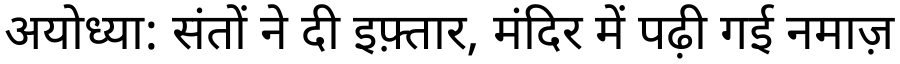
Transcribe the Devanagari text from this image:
अयोध्या: संतों ने दी इफ़्तार, मंदिर में पढ़ी गई नमाज़